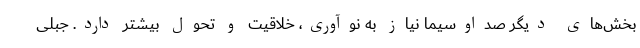
بخش‌های دیگر صداوسیما نیاز به نوآوری، خلاقیت و تحول بیشتر دارد. جبلی